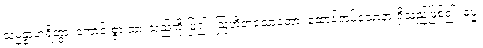
သမ္မန္နာဟရိတွာ၊ ကောင်းစွာ ထားသည်ကို ပြု၍။ ဩဟိတသောတော၊ ထောင်အပ်သောနားရှိသည်ဖြစ်၍။ ဓမ္မံ၊